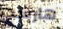
هارست